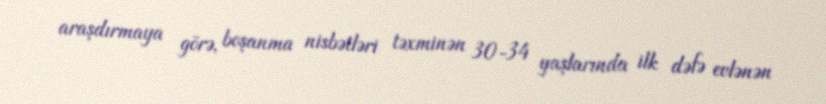
araşdırmaya görə, boşanma nisbətləri təxminən 30-34 yaşlarında ilk dəfə evlənən